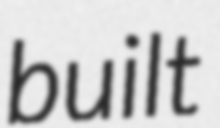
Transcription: built